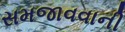
સમજાવવાની